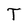
Character: T